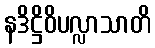
နဒိဋ္ဌိဝိပလ္လာသာတိ